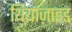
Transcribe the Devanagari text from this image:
थियाज़ाइड